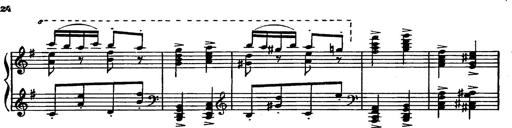
Title: Magyar rapszÃ³diÃ¡k
Composer: Franz Liszt